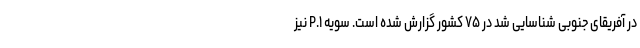
در آفریقای جنوبی شناسایی شد در ۷۵ کشور گزارش شده است. سویه P.۱ نیز